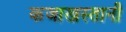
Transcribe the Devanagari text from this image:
कजाखस्तानी